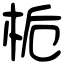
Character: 栀